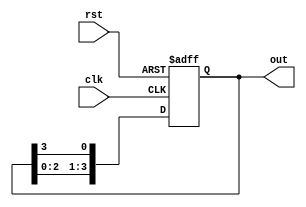
module ring_counter #(parameter N = 4) (
    input wire clk,         // Clock input
    input wire rst,         // Reset input
    output reg [N-1:0] out  // Output state
);

// Initialize the state of the ring counter
always @(posedge clk or posedge rst) begin
    if (rst) begin
        // On reset, initialize to 1 followed by N-1 zeros
        out <= 1'b1 << (N-1); // Sets the highest bit to 1, others to 0
    end else begin
        // Shift the '1' to the right
        out <= {out[N-2:0], out[N-1]};
    end
end

endmodule